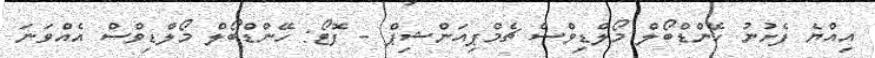
އިއްޔެ ފެށުނު ހޭންޑްބޯލް މޯލްޑިވްސް ޗެމްޕިއަންޝިޕް - ފޮޓޯ: ހޭންޑްބޯލް މޯލްޑިވްސް އެއްވަނަ